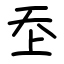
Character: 𡗶